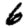
Digit: 6